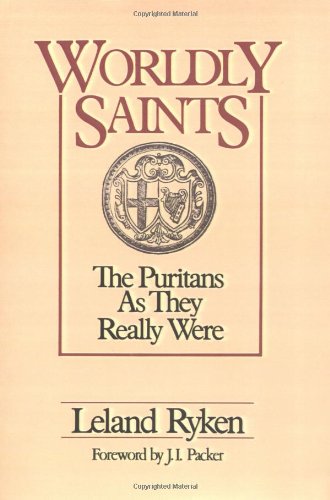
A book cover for Worldly Saints: The Puritans As They Really Were; Leland Ryken; Christian Books & Bibles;